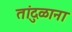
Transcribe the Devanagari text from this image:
तांदुळाना